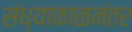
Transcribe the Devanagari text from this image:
संध्याकाळनंतर